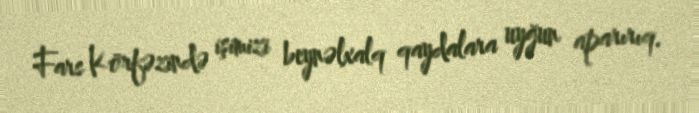
Fars Körfəzində işimizi beynəlxalq qaydalara uyğun aparırıq.